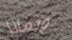
وبماذا